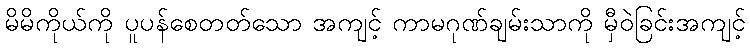
မိမိကိုယ်ကို ပူပန်စေတတ်သော အကျင့် ကာမဂုဏ်ချမ်းသာကို မှီဝဲခြင်းအကျင့်